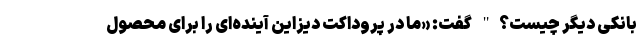
بانکی دیگر چیست؟" گفت: «ما در پروداکت دیزاین آینده‌ای را برای محصول